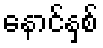
နောင်နှစ်